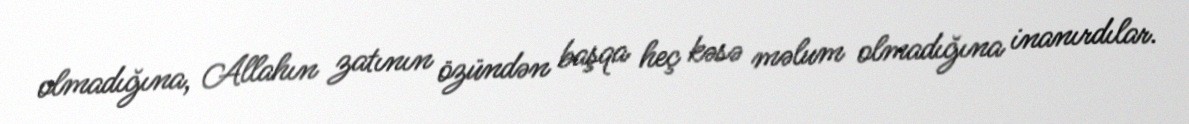
olmadığına, Allahın zatının özündən başqa heç kəsə məlum olmadığına inanırdılar.